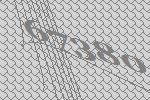
67380